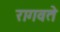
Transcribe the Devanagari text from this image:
रागवते